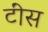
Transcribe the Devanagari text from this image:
टींस